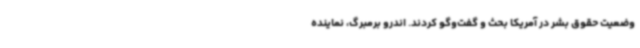
وضعیت حقوق بشر در آمریکا بحث و گفت‌وگو کردند. اندرو برمبرگ، نماینده